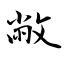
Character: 敝